Leaving Certificate Examination (including Day School Certificate (Higher) General paper), 1926
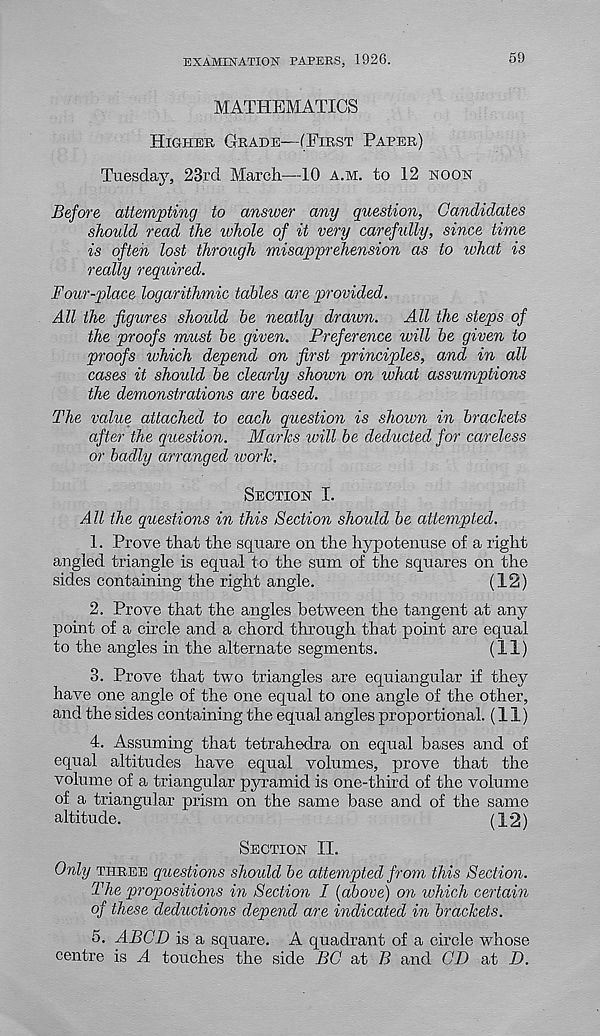
EXAMINATION PAPERS, 1926.
59
MATHEMATICS
Higher Grade—(First Paper)
Tuesday, 23rd March—10 a.m. to 12 hooh
Before attempting to answer any question, Candidates
should read the lohole of it very carefully, since time
is often lost through misapprehension as to what is
really required.
Four-place logarithmic tables are provided.
All the figures should he neatly dr aim.
All the steps of
the proofs must he given. Preference will he given to
proofs which depend on first principles, and in all
cases it should he clearly shown on what assumptions
the demonstrations are based.
The value attached to each question is shoion in brackets
after the question. Marks will be deducted for careless
or badly arranged ivork.
Section I.
All the questions in this Section should he attempted.
1. Prove that the square on the hypotenuse of a right
angled triangle is equal to the sum of the squares on the
sides containing the right angle.
(12)
2. Prove that the angles between the tangent at any
point of a circle and a chord through that point are equal
to the angles in the alternate segments.
(11)
3. Prove that two triangles are equiangular if they
have one angle of the one equal to one angle of the other,
and the sides containing the equal angles proportional. (11)
4. Assuming that tetrahedra on equal bases and of
equal altitudes have equal volumes, prove that the
volume of a triangular pyramid is one-third of the volume
of a triangular prism on the same base and of the same
altitude.
(12)
Section II.
Only three questions shoidd he attempted from this Section.
The propositions in Section I {above) on which certain
of these deductions depend are indicated in brackets.
5. ABCD is a square. A quadrant of a circle whose
centre is A touches the side BC at B and CD at D.